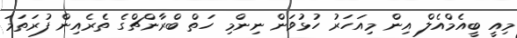
މިއީ ބީއެމްއެލް އިން މިއަހަރު ހުޅުވަން ނިންމި ހަތް ބްރާންޗްގެ ތެރެއިން ފުރަތަމަ